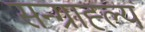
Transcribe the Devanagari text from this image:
सन्ग्राह्ल्य